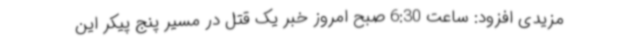
مزیدی افزود: ساعت 6:30 صبح امروز خبر یک قتل در مسیر پنج پیکر این